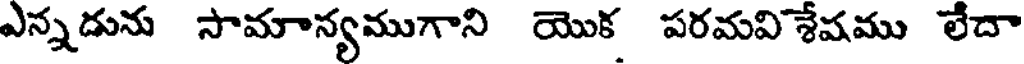
ఎన్నడును సామాన్యముగాని యొక పరమవిశేషము లేదా